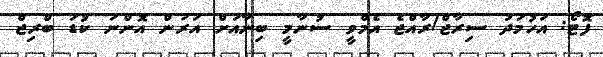
ފޮޓޯ: އަހުމަދު ސިރާޖް/ރާއްޖެ އެމްވީ ސުނާމީ ބިނާއަށް އަރަން އޮންނަ ކުޑަ ބްރިޖް